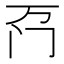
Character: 𫔬